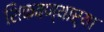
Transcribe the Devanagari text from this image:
शिकवण्यार्‍या